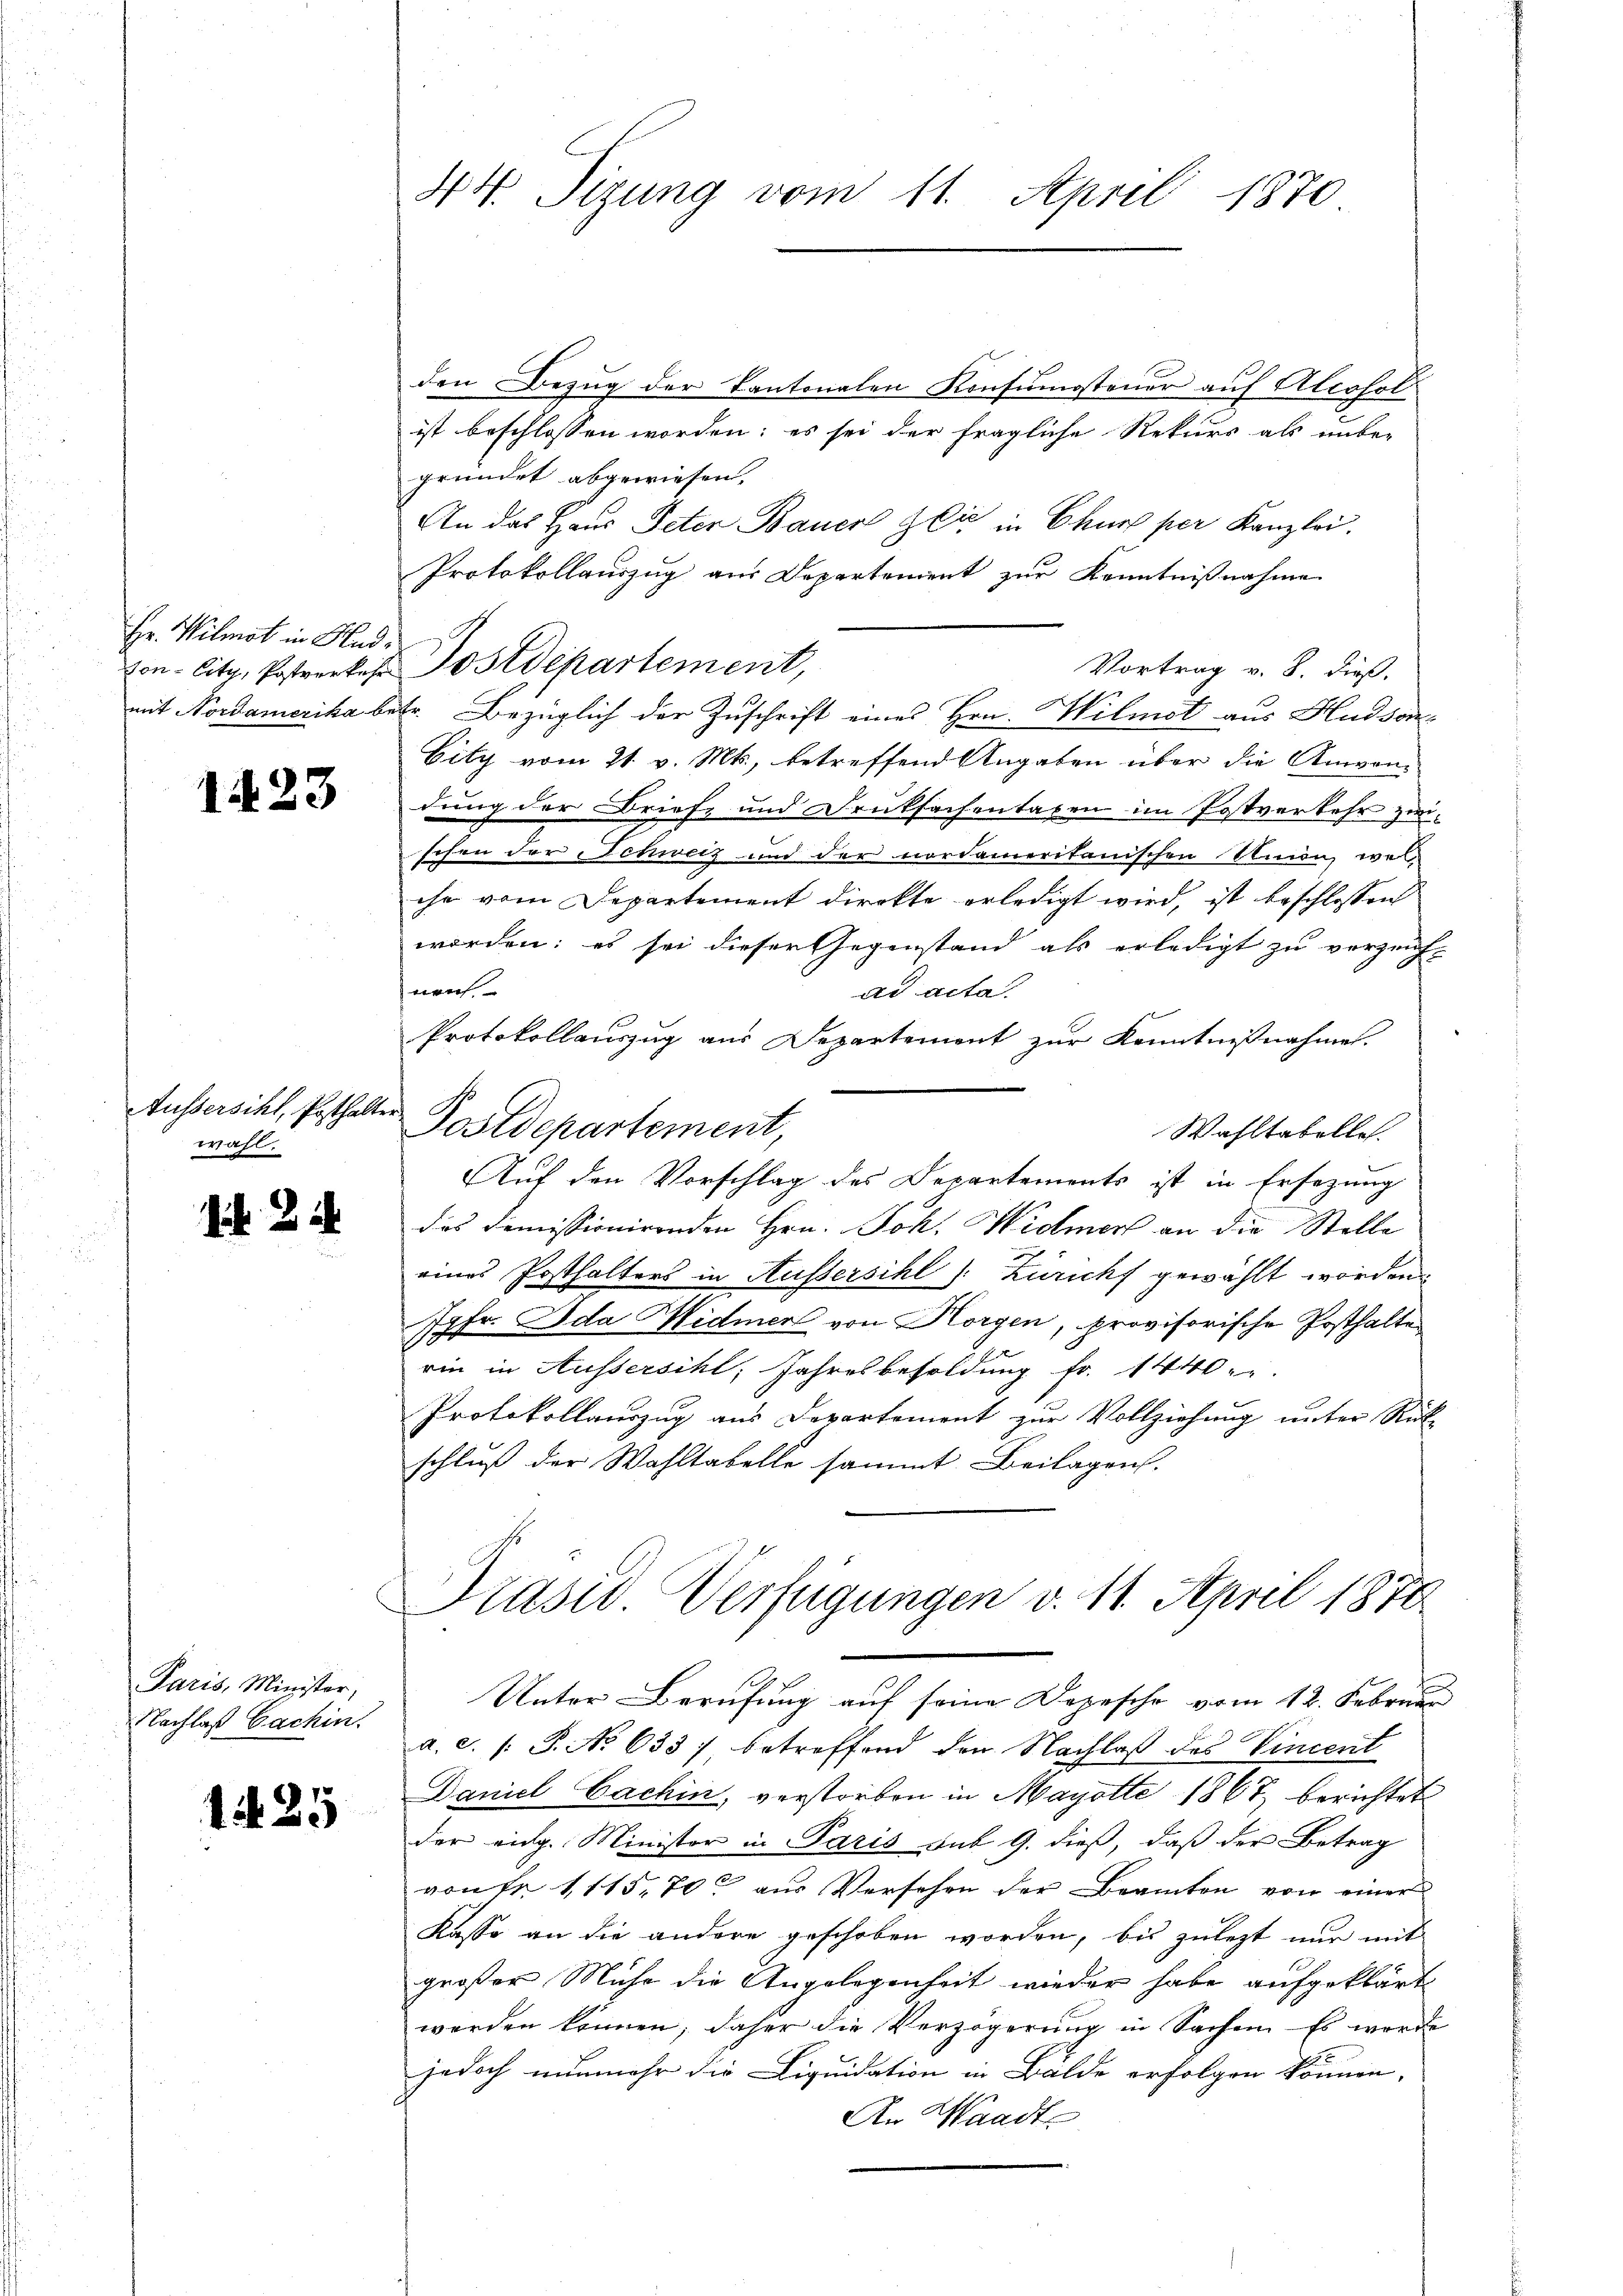
Hr. Vilmot in Had¬

1423

Aussersihl, Posthalter.
wahl.

Paris, Minister,
Nachlaß Cachin.

1. 25

44. Sizung vom 11. April 1870

den Bezug der Kantonalen Konsumsteuer auf Alcohol
ist beschlossen worden; es sei der fragliche Rekurs als unber
gründet abgewiesen.
An das Haus Peter Bauer Zeit in Churs per Kanzlei.
Protokollauszug aus Departement zur Kenntnißnahme
von Citz, Postverkes Postdepartement,
Vortrag v. 8. dieß.
mit Nordamerika betr. Bezüglich der Zuschrift eines Hrn. Wilmot aus Hudson
Eity vom 21. v. Mts., betreffend Angaben über die Anvan-
dung der Briefe und Drucksachentaxen im Postverkehr zwischen der Schweiz und der nordameritanischen Simon, we
che vom Departement direkte erledigt wird, ist beschlossen
worden: es sei dieser Gegenstand als erledigt zu verzeich-
neich.
ad acta.
Protokollauszug aus Departement zŭr Kenntniβnahme.
Postdepartement,
Wahltabelle.
Auf den Vorschlag des Departements ist in Ersezung
das demissionirenden Hrn. Joh. Widmer an die Stelle
eines Posthalters in Aussersihl Züricht gewählt worden
77fr. Ida Hidmer von Horgen, provisorische Posthalte
rin in Aussersihl, Jahresbesoldung fr. 1440
Protokollauszug aus Departement zur Vollziehung unter Rück-
schluß der Wahltabelle sammt Beilagen.

Präsid. Verfügungen v. 11. April 1870

Unter-Berufung auf seine Dopesche vom 12. Februar
a. c. /: P. No 633), betreffend den Nachlaß des Vincent
Daniel Cachin, verstorben in Mayotte 1867 berichtet
der eidg. Minister in Paris sub 9. dieß, daß der Betrag
von Fr. 111570 aus Versehen der Beamten von einer
Kasse an die andere geschoben worden, bis zulezt nur mit
großer Mühe die Angelegenheit wieder habe aufgeklärt
werden können, daher die Verzögerung in Sachen. Es werde
jedoch nunmehr die Liquidation in Balde erfolgen können,
An Waadt